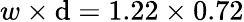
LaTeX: w\times{}\mathrm{d}=1.22\times{}0.72